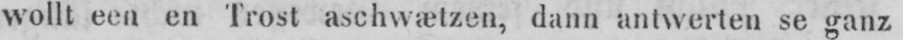
wollt een en Trost aschwætzen, dann antwerten se ganz